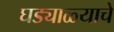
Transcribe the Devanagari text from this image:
घड्याळ्याचे